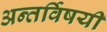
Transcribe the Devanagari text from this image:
अन्तर्विषयी